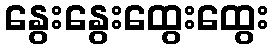
နွေးနွေးထွေးထွေး